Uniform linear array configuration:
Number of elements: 48
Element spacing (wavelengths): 1
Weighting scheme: exponential
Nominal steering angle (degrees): -45
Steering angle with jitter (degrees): -46.402
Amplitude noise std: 0.05
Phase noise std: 0.05

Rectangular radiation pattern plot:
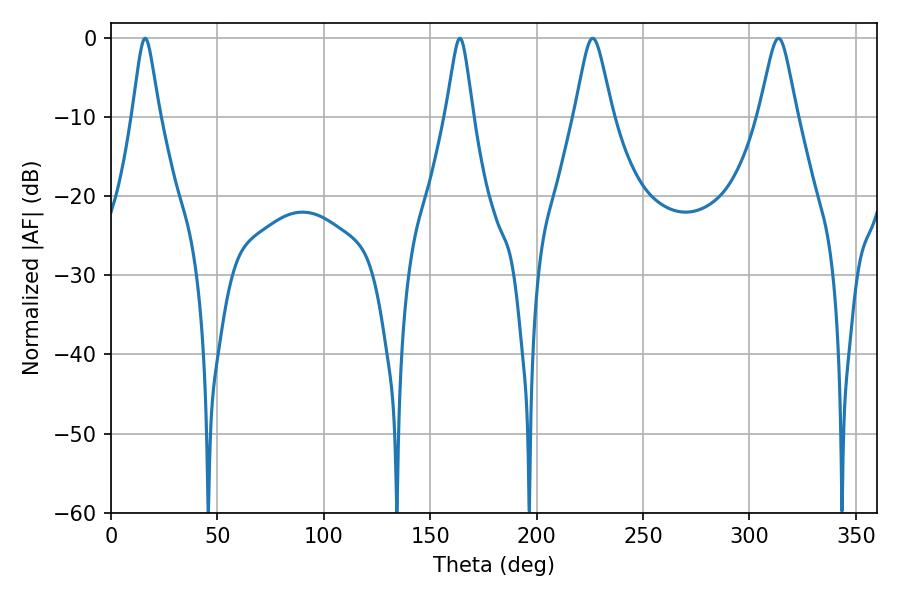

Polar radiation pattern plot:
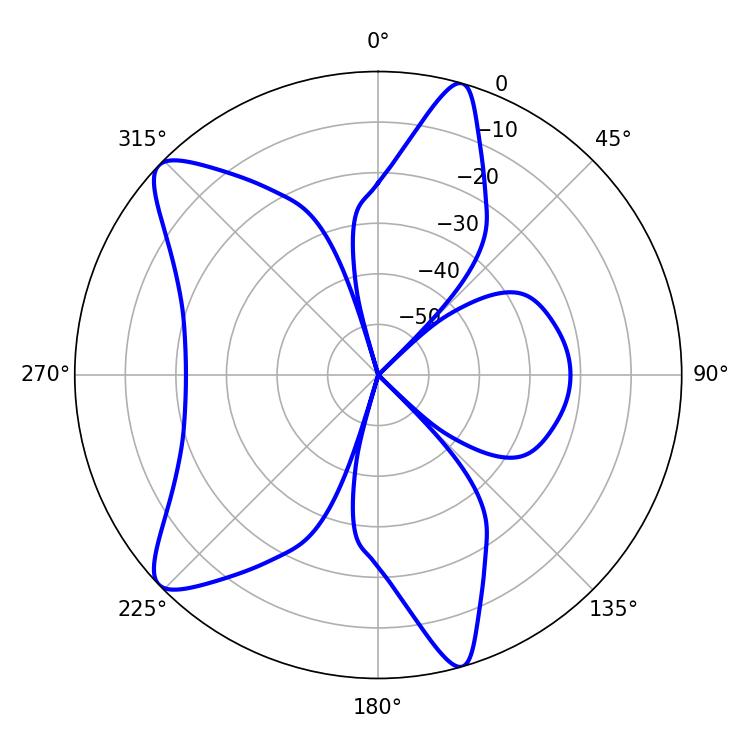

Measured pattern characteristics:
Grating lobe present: TRUE
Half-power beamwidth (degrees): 5.94
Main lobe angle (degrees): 16.02